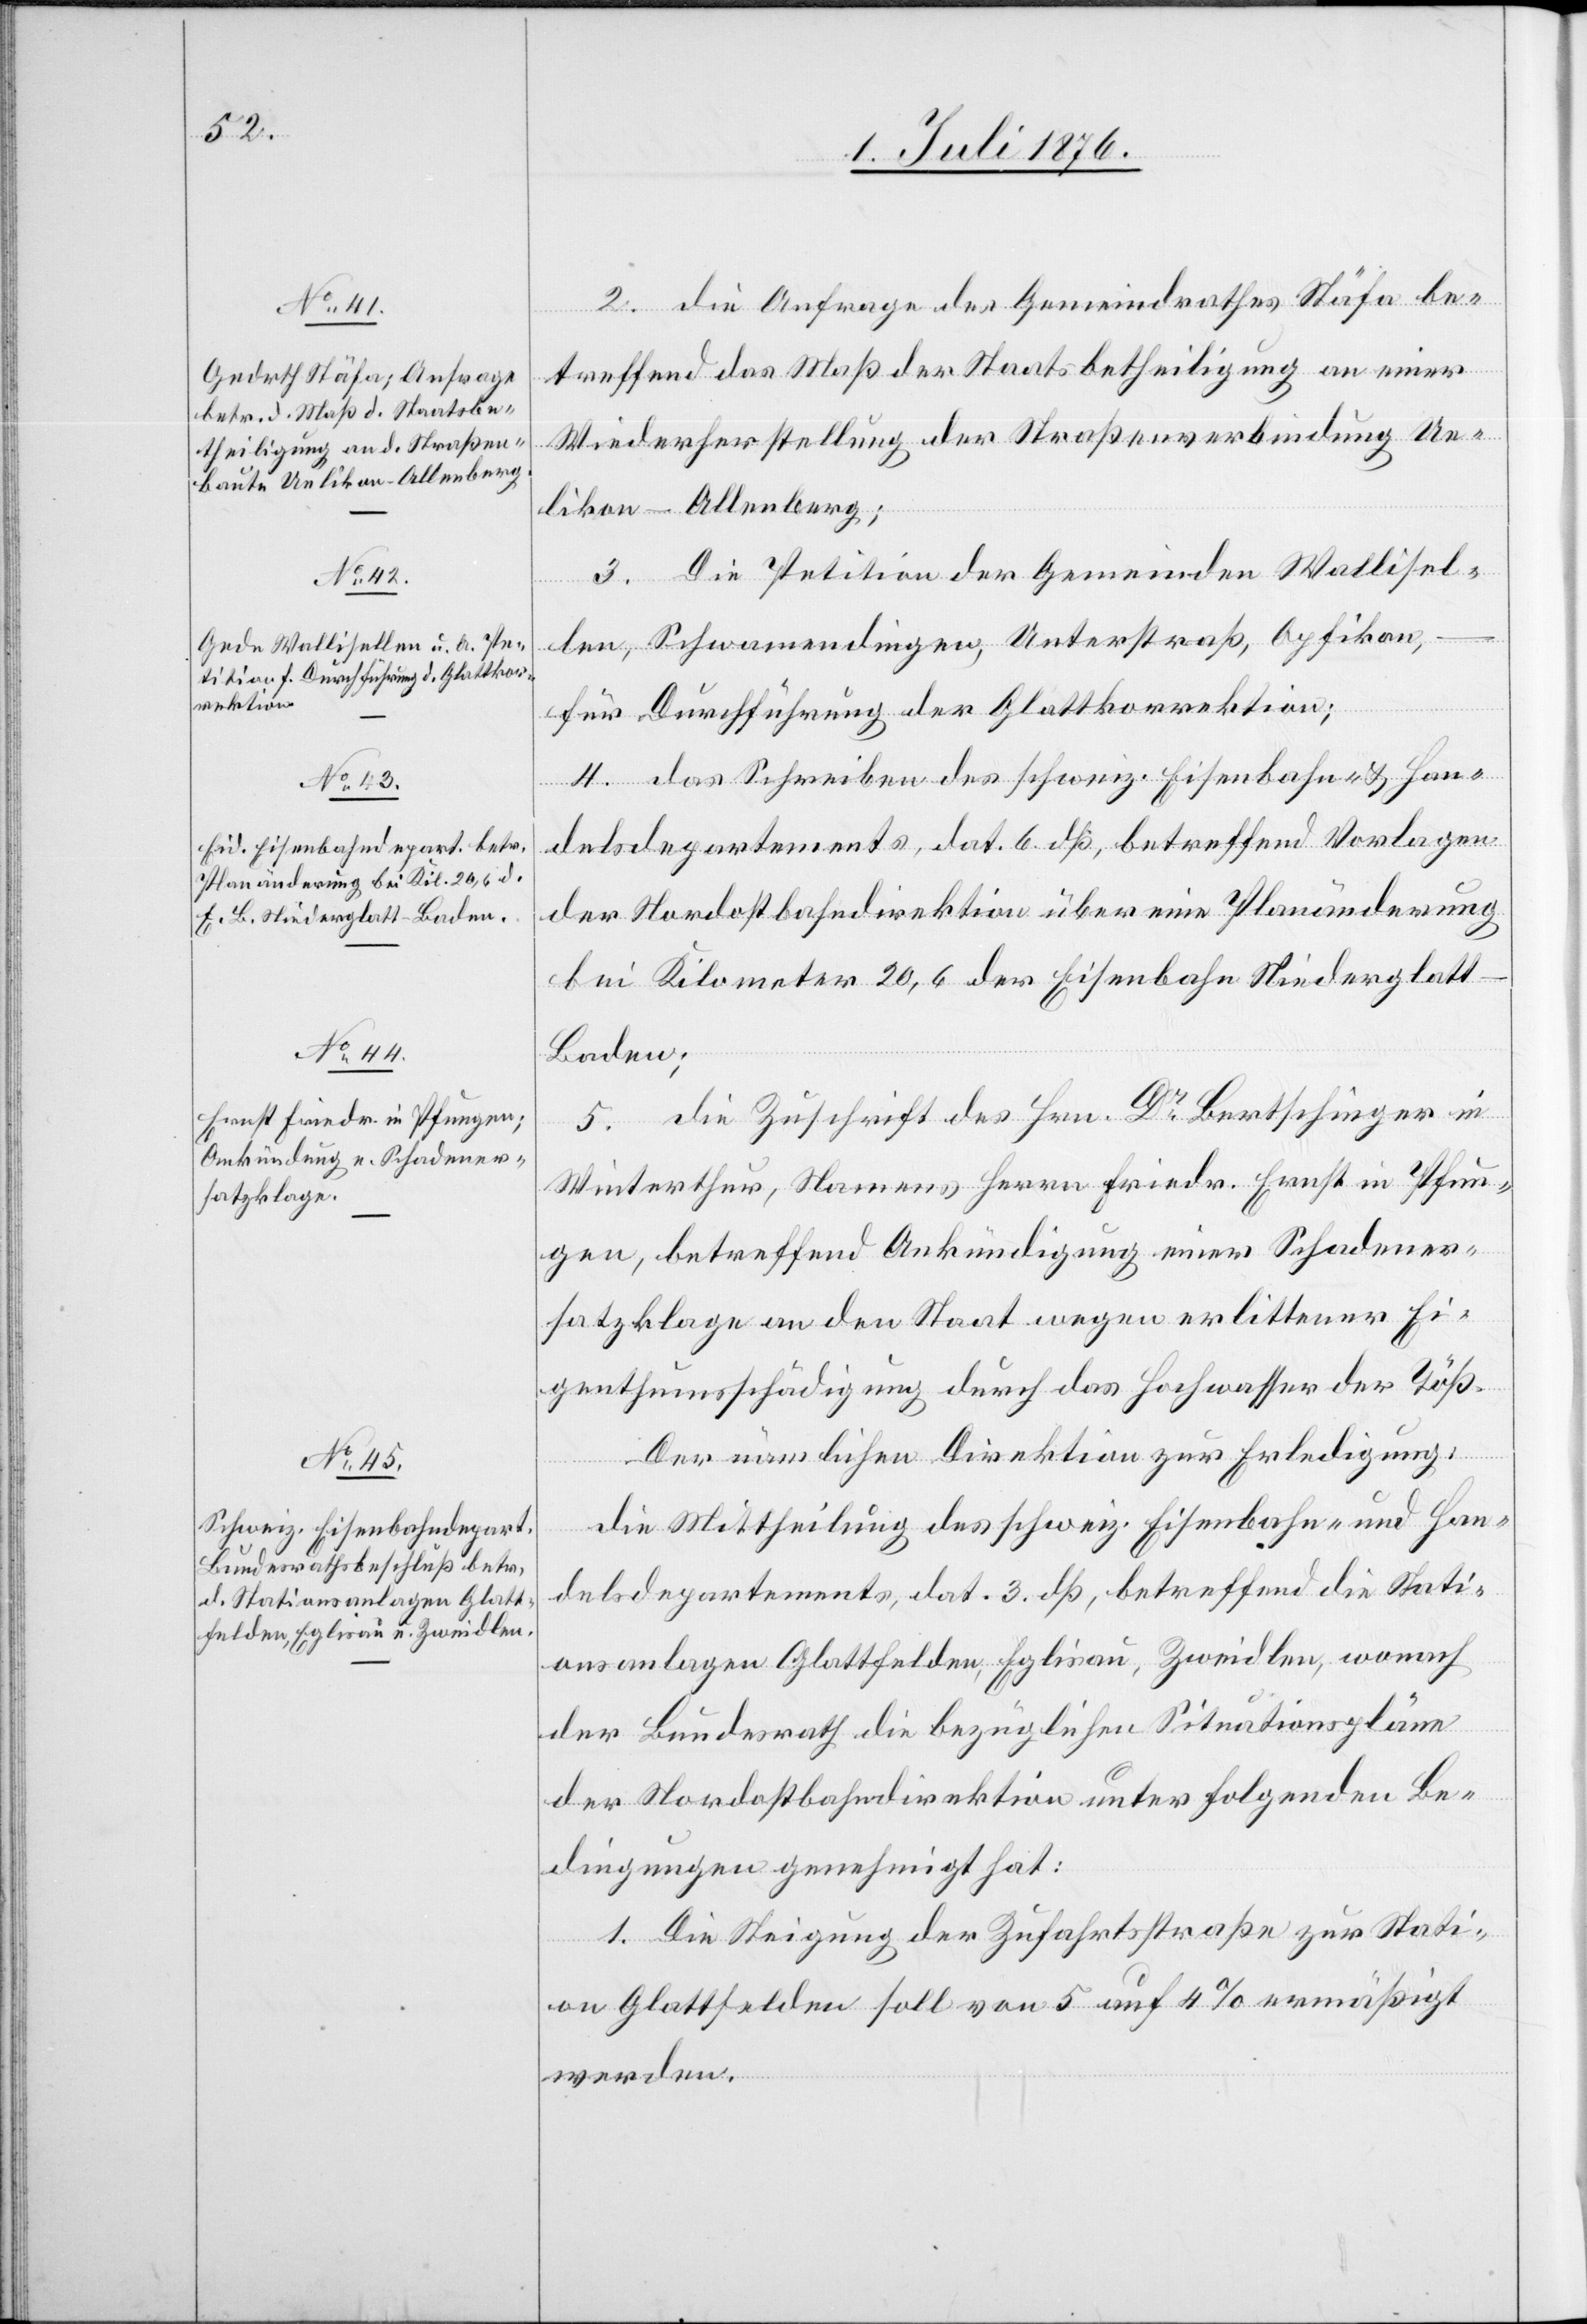
5. Juli 1876.]
2. die Anfrage des Gemeindrathes Stäfa be¬
treffend das Maß der Staatsbetheiligung an einer
Wiederherstellung der Straßenverbindung Ue¬
likon–Allenberg;
Die Petition der Gemeinden Wallisel¬
3.
len, Schwamendingen, Unterstraß, Opfikon,
für Durchführung der Glattkorrektion.
4. das Schreiben des schweiz. Eisenbahn- & Han¬
delsdepartements, dat. 6. dß, betreffend Vorlagen
der Nordostbahndirektion über eine Planänderung
bei Kilometer 20,6 der Eisenbahn Niederglatt–B¬
aden.
5. die Zuschrift des Hrn. Dr Bertschinger in
Winterthur, Namens des Herrn Friedr. Ernst in Pfun¬
gen, betreffend Ankündigung einer Schadenser¬
satzklage an den Staat wegen erlittener Ei¬
genthumsschädigung durch das Hochwasser der Töß.
Der nämlichen Direktion zur Erledigung:
die Mittheilung des schweiz. Eisenbahn- und Han¬
delsdepartement, dat. 3. dß, betreffend die Stati¬
onsanlagen Glattfelden, Eglisau, Zweidlen, wonach
der Bundesrath die bezüglichen Situationspläne
der Nordostbahndirektion unter folgenden Be¬
dingungen genehmigt hat:
1. Die Steigung der Zufahrtsstraße zur Stati¬
on Glattfelden soll von 5 auf 4 % ermäßigt
werden.